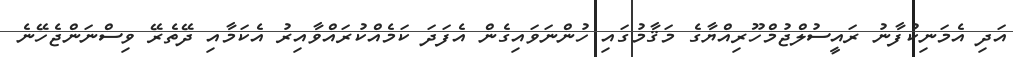
އަދި އެމަނިކުފާނު ރައީސުލްޖުމްހޫރިއްޔާގެ މަޤާމުގައި ހުންނަވައިގެން އެފަދަ ކަމެއްކުރައްވާއިރު އެކަމާއި ދޭތެރޭ ވިސްނަންޖެހޭނެ